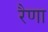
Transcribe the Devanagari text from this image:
रैणा